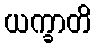
ယက္ခာတိ